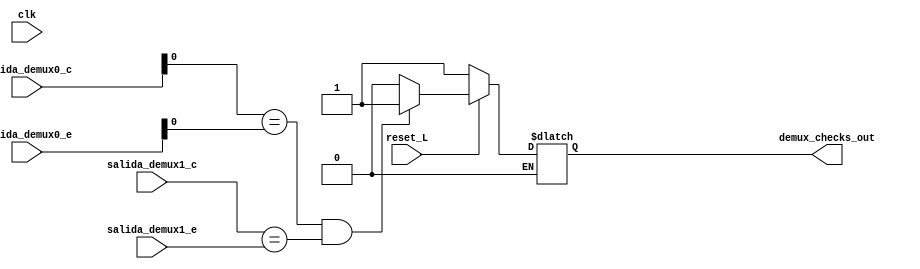
/**
*Universidad de Costa Rica - Escuela de Ingenieria Electrica
*Tarea #8 - IE-0523 - modulo checker
*@author Moiss Campos Zepeda
*22/06/2019 
*@brief Checker para comparar comportamiento conductual con el estructural
*/

module checker_demux(
    output reg      demux_checks_out,        //salida que indica que ambos datos de la salida son iguales
    input           clk,
    input           reset_L,
    input   [4:0]   salida_demux0_c,
    input   [4:0]   salida_demux0_e,
    input           salida_demux1_c,
    input           salida_demux1_e
);
    reg     out_c0, out_c1, out_e0, out_e1;                   //flip-flops
    reg     onflag, resetflag;                         //checks if message has been sent   
    always@( * ) begin
        if( !reset_L ) begin
            out_c0  =   'b0;
            out_e0  =   'b0;
            out_c1  =   'b0;
            out_e1  =   'b0;
            onflag =   'b0;
            demux_checks_out <= 1;
        end else begin      
            out_c0 = salida_demux0_c;
            out_e0 = salida_demux0_e;
            out_c1 = salida_demux1_c;
            out_e1 = salida_demux1_e;
           
            if( reset_L == 1 ) begin        //comparacion en los flancos del reloj
                if( out_c0 == out_e0 && out_c1 == out_e1 ) begin
                    demux_checks_out = 1;
                    resetflag =1; 
                end else begin
                    demux_checks_out = 'b0;
                    if ( ( !onflag )  && ( resetflag == 1 ) ) begin
                        $display( $time, " ns, Error: Modules differ!!" );
                        onflag = 1;
                    end
                end
            end 
        end
    end
endmodule